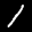
Label: 1